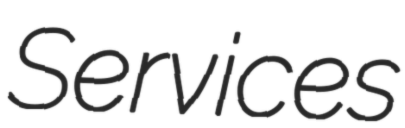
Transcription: Services